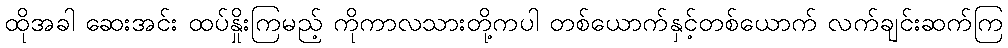
ထိုအခါ ဆေးအင်း ထပ်နှိုးကြမည့် ကိုကာလသားတို့ကပါ တစ်ယောက်နှင့်တစ်ယောက် လက်ချင်းဆက်ကြ